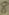
Text: 8